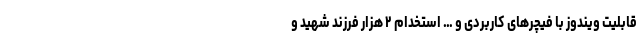
قابلیت ویندوز با فیچرهای کاربردی و … استخدام ۲ هزار فرزند شهید و